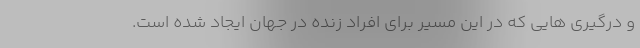
و درگیری هایی که در این مسیر برای افراد زنده در جهان ایجاد شده است.